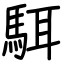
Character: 駬